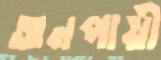
অনপায়ী